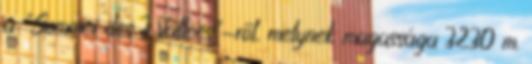
a "Sommet des 3 Vallees"-ről, melynek magassága 3230 m.